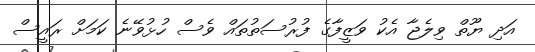
އަދި ޔޫތް ވިލެޖާ އެކު ވަޒީފާގެ ފުރުސަތުތައް ވެސް ހުޅުވޭނެ ކަމަށް ރައީސް